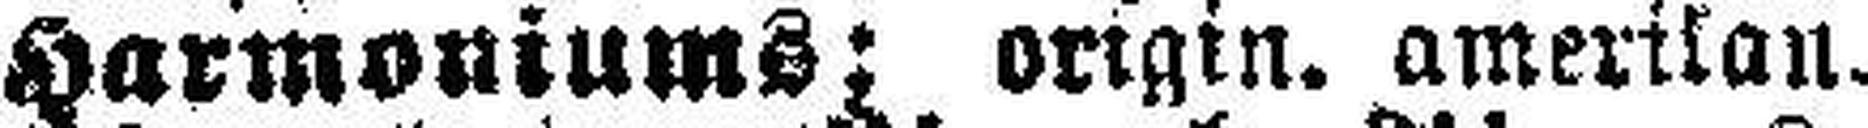
Harmoniums; origin. amerikan.